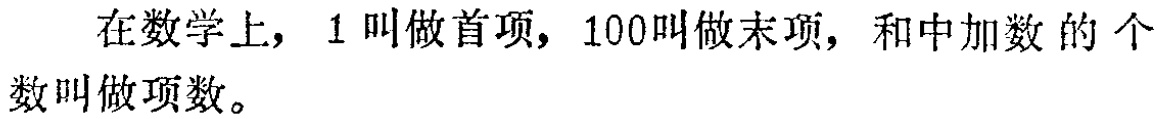
在数学上，$1$叫做首项，$100$叫做末项，和中加数的个数叫做项数。